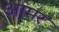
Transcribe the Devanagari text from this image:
आमर